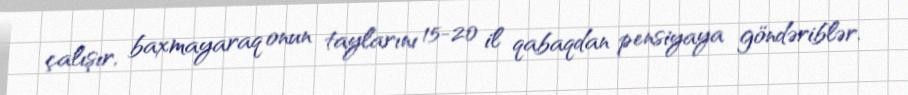
çalışır, baxmayaraq onun taylarını 15-20 il qabaqdan pensiyaya göndəriblər.